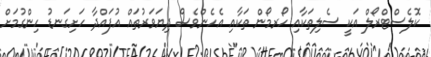
ކޮލެސްޓްރޯލް އަކީ ސެލިތަކާއި ހޯރމޯން ތަކާއި އެހެންވެސް ދިޔަވަރުތައް އުފައްދާ ހަށިގަނޑު ހިންގުމަށް